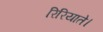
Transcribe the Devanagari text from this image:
रिरियाते।